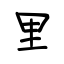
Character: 里